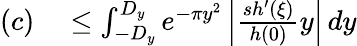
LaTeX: \begin{array}{rl}{(c)}&{{}\leq\int_{-D_{y}}^{D_{y}}e^{-\pi y^{2}}\left|{\frac{sh^{\prime}(\xi)}{h(0)}}y\right|\, dy}\end{array}